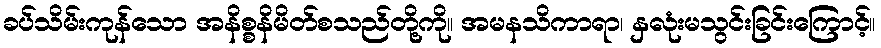
ခပ်သိမ်းကုန်သော အနိစ္စနိမိတ်စသည်တို့ကို။ အမနသိကာရာ၊ နှလုံးမသွင်းခြင်းကြောင့်။